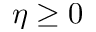
\eta \geq 0